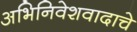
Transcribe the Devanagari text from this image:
अभिनिवेशवादाचे